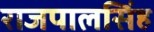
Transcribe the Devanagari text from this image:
राजपालसिंह